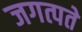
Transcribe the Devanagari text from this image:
जगत्पते